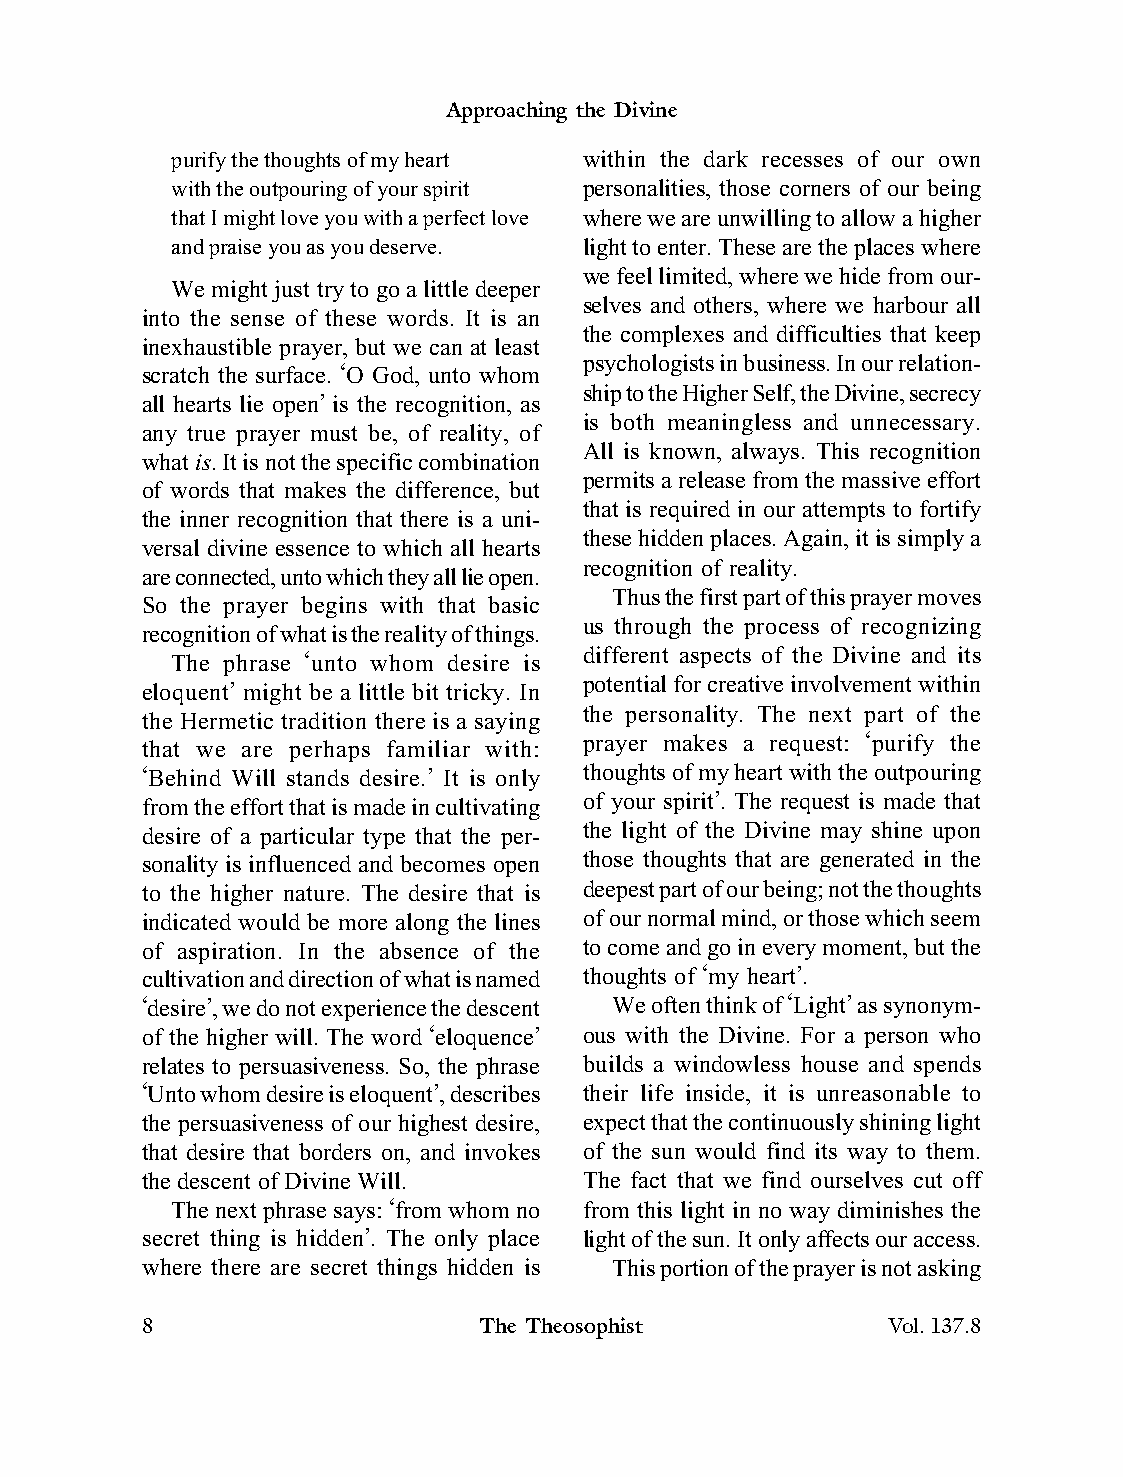
Approaching the Divine
 purify the thoughts of my heart within the dark recesses of our own
 with the outpouring of your spirit personalities, those corners of our being
 that I might love you with a perfect love where we are unwilling to allow a higher
 and praise you as you deserve. light to enter. These are the places where
 we feel limited, where we hide from our-
 We might just try to go a little deeper
 selves and others, where we harbour all
 into the sense of these words. It is an
 the complexes and difficulties that keep
 inexhaustible prayer, but we can at least
 psychologists in business. In our relation-
 scratch the surface. ‘O God, unto whom
 ship to the Higher Self, the Divine, secrecy
 all hearts lie open’ is the recognition, as
 is both meaningless and unnecessary.
 any true prayer must be, of reality, of
 All is known, always. This recognition
 what is. It is not the specific combination
 permits a release from the massive effort
 of words that makes the difference, but
 that is required in our attempts to fortify
 the inner recognition that there is a uni-
 these hidden places. Again, it is simply a
 versal divine essence to which all hearts
 recognition of reality.
 are connected, unto which they all lie open.
 Thus the first part of this prayer moves
 So the prayer begins with that basic
 us through the process of recognizing
 recognition of what is the reality of things.
 different aspects of the Divine and its
 The phrase ‘unto whom desire is
 potential for creative involvement within
 eloquent’ might be a little bit tricky. In
 the personality. The next part of the
 the Hermetic tradition there is a saying
 prayer makes a request: ‘purify the
 that we are perhaps familiar with:
 ‘Behind Will stands desire.’ It is only thoughts of my heart with the outpouring
 from the effort that is made in cultivating of your spirit’. The request is made that
 desire of a particular type that the per- the light of the Divine may shine upon
 sonality is influenced and becomes open those thoughts that are generated in the
 to the higher nature. The desire that is deepest part of our being; not the thoughts
 indicated would be more along the lines of our normal mind, or those which seem
 of aspiration. In the absence of the to come and go in every moment, but the
 cultivation and direction of what is named thoughts of ‘my heart’.
 ‘desire’, we do not experience the descent We often think of ‘Light’ as synonym-
 of the higher will. The word ‘eloquence’ ous with the Divine. For a person who
 relates to persuasiveness. So, the phrase builds a windowless house and spends
 ‘Unto whom desire is eloquent’, describes their life inside, it is unreasonable to
 the persuasiveness of our highest desire, expect that the continuously shining light
 that desire that borders on, and invokes of the sun would find its way to them.
 the descent of Divine Will.   The fact that we find ourselves cut off
 The next phrase says: ‘from whom no from this light in no way diminishes the
 secret thing is hidden’. The only place light of the sun. It only affects our access.
 where there are secret things hidden is This portion of the prayer is not asking
 8                      The Theosophist            Vol.137.8